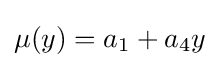
\mu (y)=a_{1}+a_{4}y